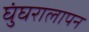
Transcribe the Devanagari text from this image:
घुंघरालापन